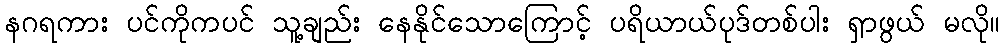
နဂရကား ပင်ကိုကပင် သူ့ချည်း နေနိုင်သောကြောင့် ပရိယာယ်ပုဒ်တစ်ပါး ရှာဖွယ် မလို။